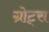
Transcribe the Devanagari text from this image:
ग्रोट्स